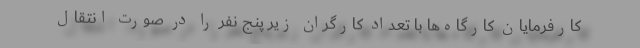
کارفرمایان کارگاه‌ها با تعداد کارگران زیر پنج نفر را در صورت انتقال